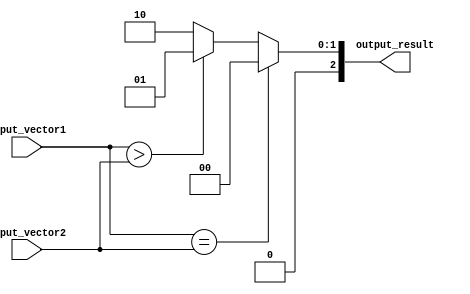
module comparator_64bit (
    input [63:0] input_vector1,
    input [63:0] input_vector2,
    output reg [2:0] output_result
);

wire [63:0] equal_check;
wire [63:0] greater_check;
wire [63:0] less_check;

assign equal_check = (input_vector1 == input_vector2);
assign greater_check = (input_vector1 > input_vector2);
assign less_check = (input_vector1 < input_vector2);

always @* begin
    if(equal_check) begin
        output_result = 3'b000; // equal
    end
    else if(greater_check) begin
        output_result = 3'b001; // greater than
    end
    else begin
        output_result = 3'b010; // less than
    end
end

endmodule